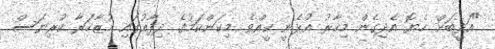
"އަދީބަށް ހެޔޮ އެދިގެން މިހާރު އުޅެނީ ކީއްވެ. މިކަންކަމުގެ ދިފާއުގައި މުޒާހަރާ ކުރިޔަސް